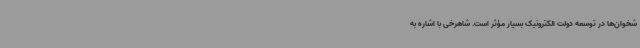
شخوان‌ها در توسعه دولت الکترونیک بسیار مؤثر است. شاهرخی با اشاره به